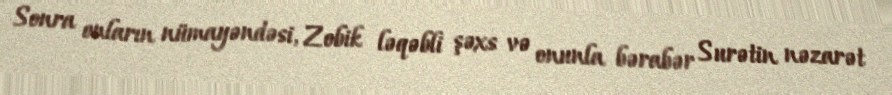
Sonra onların nümayəndəsi, Zobik ləqəbli şəxs və onunla bərabər Surətin nəzarət